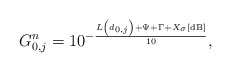
\begin{align*}{G_{0,j}^n} = {10^{ - \frac{{{{L\left(d_{0,j}\right) + \Psi + \Gamma + {X_{\sigma}}}}\left[ {{\rm{dB}}} \right]}}{{10}}}},\end{align*}